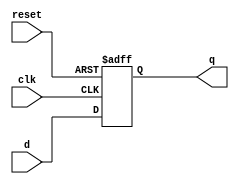
module ParameterizedRegister #(parameter N = 8) (
    input wire clk,            // Clock signal
    input wire reset,          // Asynchronous reset signal
    input wire [N-1:0] d,     // N-bit wide input data
    output reg [N-1:0] q      // N-bit wide output
);

// Always block triggered on clock edge
always @(posedge clk or posedge reset) begin
    if (reset) begin
        q <= {N{1'b0}}; // Clear the register output to 0
    end else begin
        q <= d;        // Capture the input data
    end
end

endmodule